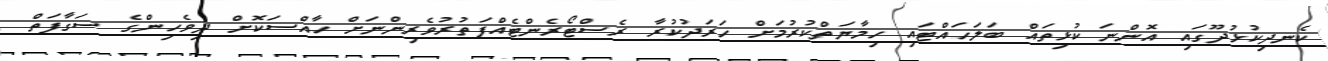
ކެނދިކުޅުދޫގައި އޮންނަ ކުޅިތައް ބަލަހައްޓައި ހިމާޔަތްކުރުމަށް ހަރަދުކުރާ ރެސްޓޯރެންޓެއްފަތުރުވެރިންނަށް ހާއްސަކޮށް ދިވެހިންގެ ސަގާފަތް